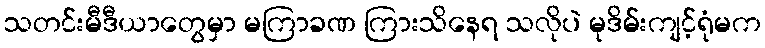
သတင်းမီဒီယာတွေမှာ မကြာခဏ ကြားသိနေရ သလိုပဲ မုဒိမ်းကျင့်ရုံမက